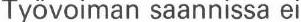
Työvoiman saannissa ei